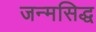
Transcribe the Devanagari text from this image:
जन्‍मसिद्ध